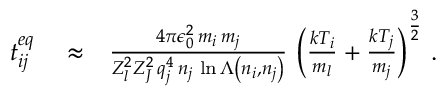
\begin{array} { r l r } { t _ { i j } ^ { e q } } & { { } \approx } & { \frac { 4 \pi \epsilon _ { 0 } ^ { 2 } \, m _ { i } \, m _ { j } } { Z _ { l } ^ { 2 } Z _ { J } ^ { 2 } \, q _ { j } ^ { 4 } \, n _ { j } \, \ln \Lambda \left( n _ { i } , n _ { j } \right) } \, \left( \frac { k T _ { i } } { m _ { l } } + \frac { k T _ { j } } { m _ { j } } \right) ^ { \frac { 3 } { 2 } } \, . } \end{array}